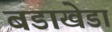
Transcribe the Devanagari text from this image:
बडाखेडा